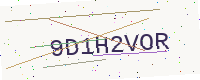
Text: 9D1H2VOR